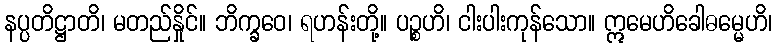
နပ္ပတိဋ္ဌာတိ၊ မတည်နှိုင်။ ဘိက္ခဝေ၊ ရဟန်းတို့။ ပဉ္စဟိ၊ ငါးပါးကုန်သော။ ဣမေဟိခေါဓမ္မေဟိ၊